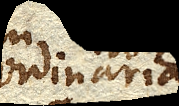
ordinaria